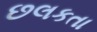
છલકતા